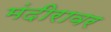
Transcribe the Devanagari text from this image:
मंदीरावर